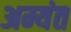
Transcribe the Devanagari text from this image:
अम्यंत